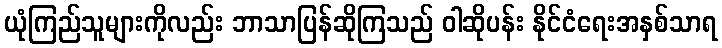
ယုံကြည်သူများကိုလည်း ဘာသာပြန်ဆိုကြသည် ဝါဆိုပန်း နိုင်ငံရေးအနှစ်သာရ